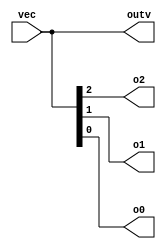
// vector : wire
// wire  1vector

//  wire [7:0] w;  
//      8bit w
// 

//   C
// w[0]w[1]...


module top_module ( 
    input wire [2:0] vec,
    output wire [2:0] outv,
    output wire o2,
    output wire o1,
    output wire o0  ); // Module body starts after module declaration

    assign outv = vec;
    assign o2 = vec[2];
    assign o1 = vec[1];
    assign o0 = vec[0];

endmodule